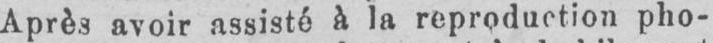
Après avoir assisté à la reproduction pho-